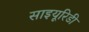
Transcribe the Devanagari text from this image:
साइयूरिडी